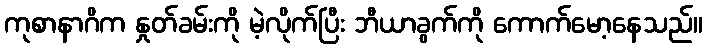
ကုစာနာဂိက နှုတ်ခမ်းကို မဲ့လိုက်ပြီး ဘီယာခွက်ကို ကောက်မော့နေသည်။